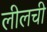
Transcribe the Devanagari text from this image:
लीलची